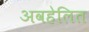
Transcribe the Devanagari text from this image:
अवहेलित